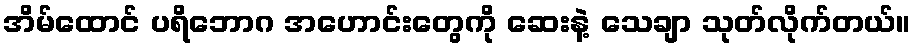
အိမ်ထောင် ပရိဘောဂ အဟောင်းတွေကို ဆေးနဲ့ သေချာ သုတ်လိုက်တယ်။